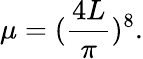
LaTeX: \mu=(\frac{4L}{\pi})^{8}.